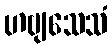
ဟဗျသေသံ